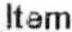
ITEM